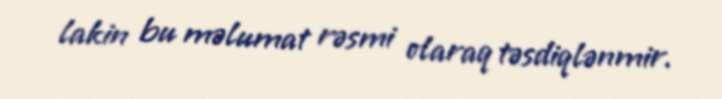
lakin bu məlumat rəsmi olaraq təsdiqlənmir.